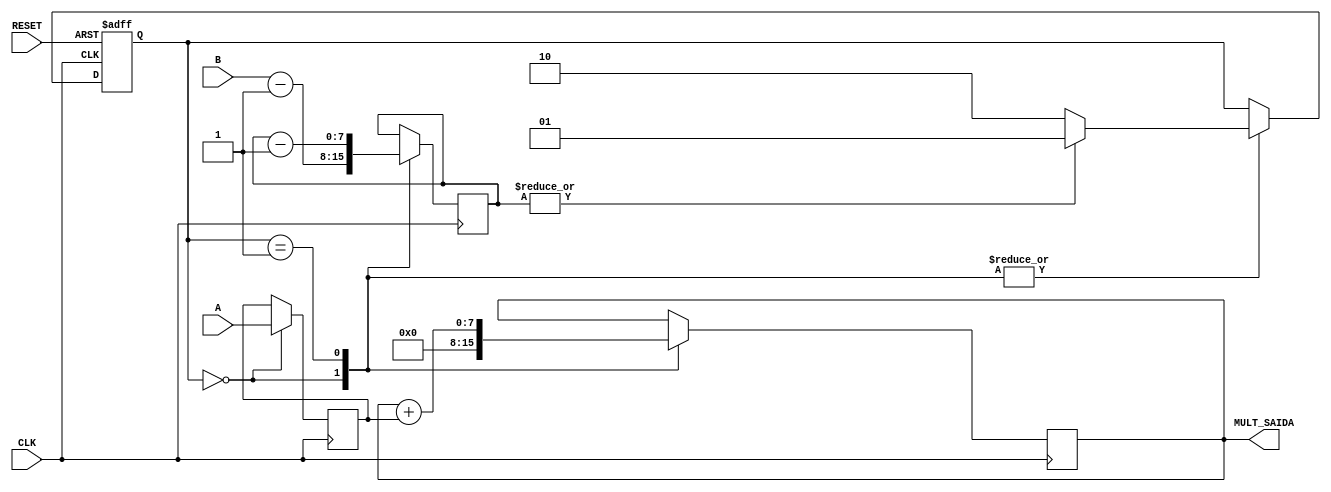
module binary_multiplier_v (CLK, RESET, A, B, MULT_SAIDA);

input CLK, RESET;
input [7:0] A, B;
output [7:0] MULT_SAIDA;
wire Z;
reg [1:0] STATE, NEXT_STATE;
reg [7:0] BR, AR, PR;

parameter CARREGAR = 2'b00, SOMAR = 2'b01, PARA = 2'b10;

assign MULT_SAIDA = PR;
assign Z = ~| AR;

//initial state
initial begin
    STATE <= CARREGAR;    
end

//state register
always @(posedge CLK or posedge RESET)
begin
    if (RESET == 1'b1)
        STATE <= CARREGAR;
    else
        STATE <=  NEXT_STATE; 
end

//next state
always@(STATE or Z)
begin
    case (STATE)
        CARREGAR: 
            if (Z == 0)
                NEXT_STATE <= SOMAR;
            else
                NEXT_STATE <= PARA;
        SOMAR: 
            if (Z == 0)
                NEXT_STATE <= SOMAR;
            else
                NEXT_STATE <= PARA;
        default: NEXT_STATE <= STATE;
    endcase
end

//datapath function
always@(posedge CLK)
begin
    case (STATE)
        CARREGAR:
            begin
                BR <= A;
                AR <= B - 8'd1;
                PR <= 0;
            end
        SOMAR:
            begin
                AR <= AR - 1;
                PR <= PR + BR;
            end
    endcase
end
    
endmodule